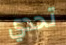
تحدي